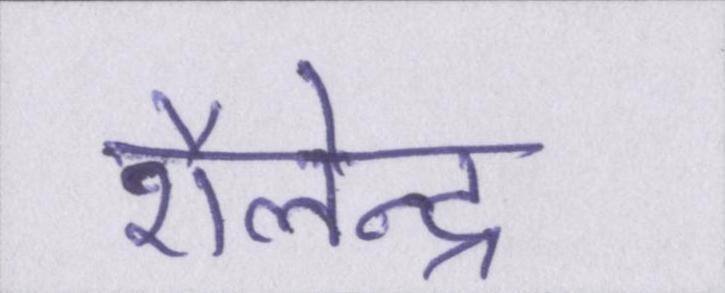
शैलेन्द्र